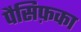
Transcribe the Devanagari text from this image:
पैसिफ़का